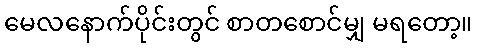
မေလနောက်ပိုင်းတွင် စာတစောင်မျှ မရတော့။